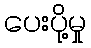
ပေးပို့မှု